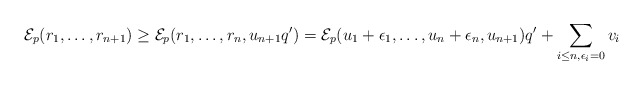
\begin{align*}\mathcal{E}_p(r_1, \ldots, r_{n+1}) \ge \mathcal{E}_p(r_1, \ldots, r_n, u_{n+1}q') = \mathcal{E}_p(u_1+ \epsilon_1, \ldots, u_n + \epsilon_n, u_{n+1}) q' + \sum_{i\le n, \epsilon_i=0} v_i\end{align*}